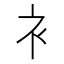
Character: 衤